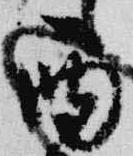
酉